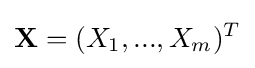
\mathbf {X} =(X_{1},...,X_{m})^{T}